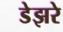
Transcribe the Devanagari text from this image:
डेझरे